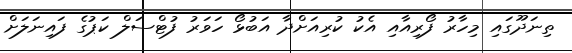
ތިނަދޫގައި މިހާރު ފޯރިއާއި އެކު ކުރިއަށްދާ އަބުޅޯ ހަވަރު ފުޓްސަލް ކަޕުގެ ފައިނަލަށް